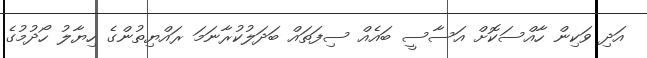
އަދި ވަކިން ހާއްސަކޮށް އަސާސީ ބައެއް ސިފަތައް ބަދަލުކުރާނަމަ ރައްޔިތުންގެ ހިޔާލު ހޯދުމުގެ